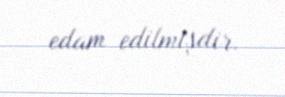
edam edilmişdir.